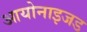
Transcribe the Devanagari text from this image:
आयोनाइजड